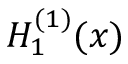
H _ { 1 } ^ { ( 1 ) } ( x )